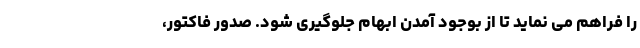
را فراهم می نماید تا از بوجود آمدن ابهام جلوگیری شود. صدور فاکتور،